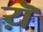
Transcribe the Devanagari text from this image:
य़ॆ